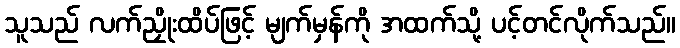
သူသည် လက်ညှိုးထိပ်ဖြင့် မျက်မှန်ကို အထက်သို့ ပင့်တင်လိုက်သည်။